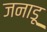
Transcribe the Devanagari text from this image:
जनाडू